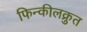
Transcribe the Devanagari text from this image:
फिन्कीलक्रुत